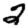
Digit: 2